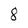
Character: 8